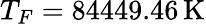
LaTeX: T_{F}=84449.46\, \mathrm{K}